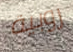
روبية